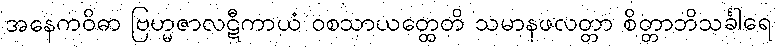
အနေကဝိဓာ ဗြဟ္မဇာလဋီကာယံ ဝစသာယတ္ထေတိ သမာနဖလတ္တာ စိတ္တာဘိသင်္ခါရေ